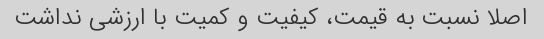
اصلا نسبت به قیمت، کیفیت و کمیت با ارزشی نداشت